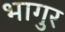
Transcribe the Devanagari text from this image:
भागुर